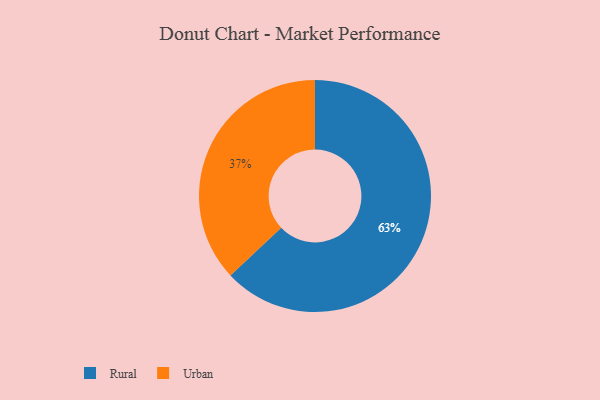
{"axis": {"x": "Category", "y": "Percentage"}, "legend": ["Rural", "Urban"], "data": [{"x": "Urban", "y": 37, "type": "Urban"}, {"x": "Rural", "y": 63, "type": "Rural"}]}